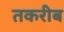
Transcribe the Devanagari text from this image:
तकरीब